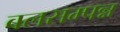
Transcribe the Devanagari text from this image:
बलसम्पन्न